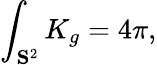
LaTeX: \int_{\mathbf{S}^{2}}K_{g}=4\pi,